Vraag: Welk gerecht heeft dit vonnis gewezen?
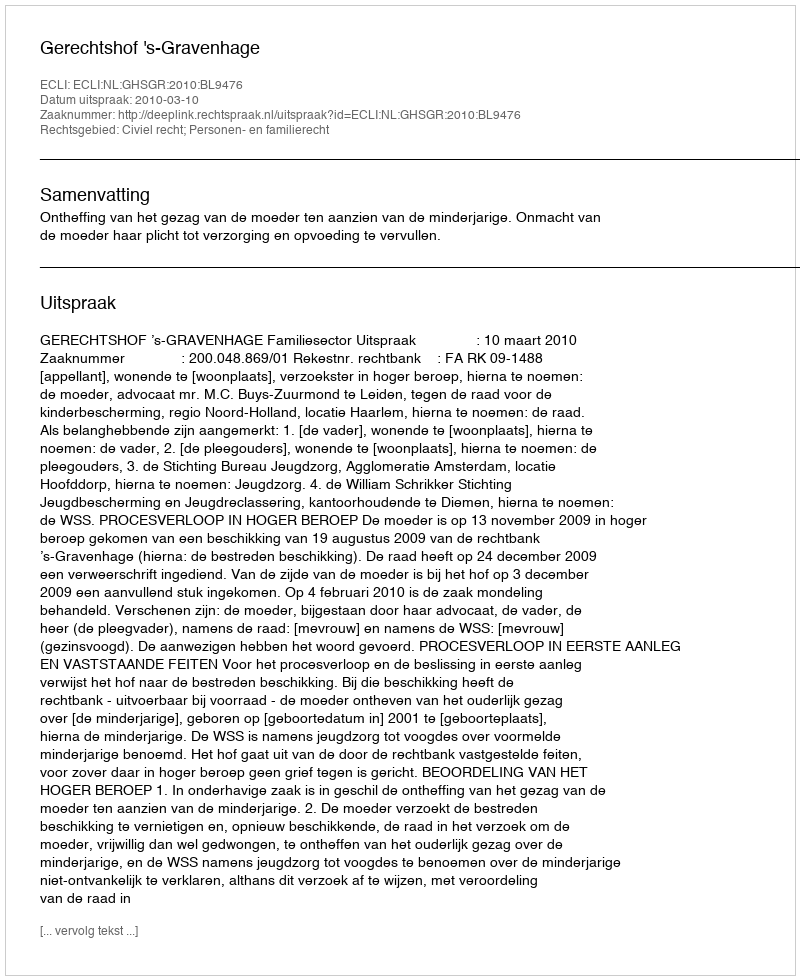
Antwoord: Gerechtshof 's-Gravenhage